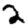
Digit: 2